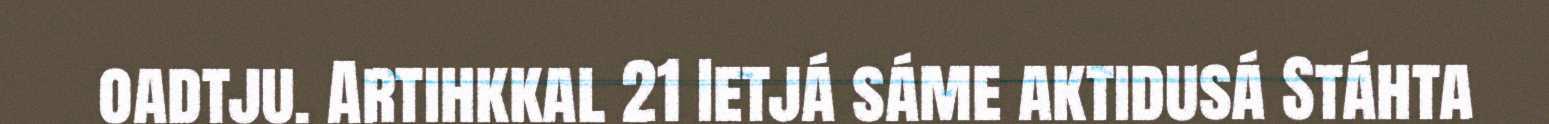
oadtju. Artihkkal 21 Ietjá sáme aktidusá Stáhta